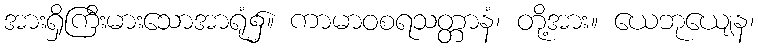
အားရှိကြီးမားသောအာရုံ၌။ ကာမာဝစရသတ္တာနံ၊ တို့အား။ ယေဘုယျေန၊